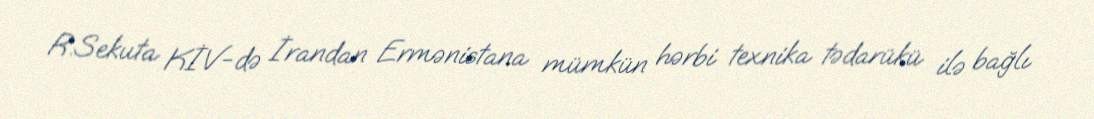
R.Sekuta KİV-də İrandan Ermənistana mümkün hərbi texnika tədarükü ilə bağlı